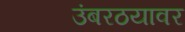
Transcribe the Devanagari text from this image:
उंबरठयावर